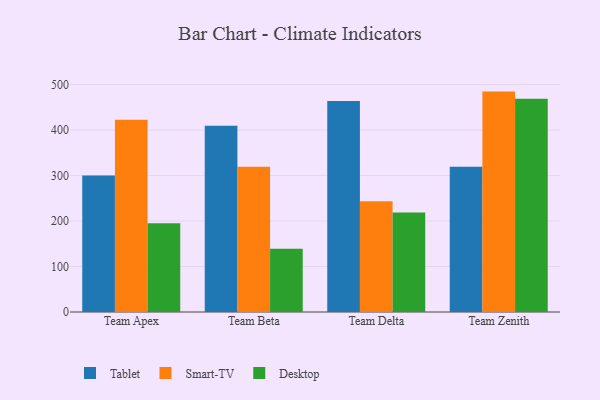
{"axis": {"x": "Team", "y": "Humidity (%)"}, "legend": ["Desktop", "Smart-TV", "Tablet"], "data": [{"x": "Team Apex", "y": 300.2, "type": "Tablet"}, {"x": "Team Apex", "y": 422.8, "type": "Smart-TV"}, {"x": "Team Apex", "y": 195.4, "type": "Desktop"}, {"x": "Team Beta", "y": 409.5, "type": "Tablet"}, {"x": "Team Beta", "y": 319.4, "type": "Smart-TV"}, {"x": "Team Beta", "y": 139.0, "type": "Desktop"}, {"x": "Team Delta", "y": 464.0, "type": "Tablet"}, {"x": "Team Delta", "y": 243.5, "type": "Smart-TV"}, {"x": "Team Delta", "y": 218.9, "type": "Desktop"}, {"x": "Team Zenith", "y": 319.3, "type": "Tablet"}, {"x": "Team Zenith", "y": 484.6, "type": "Smart-TV"}, {"x": "Team Zenith", "y": 468.7, "type": "Desktop"}]}